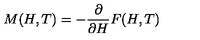
M ( H , T ) = - \frac { \partial } { \partial H } F ( H , T )